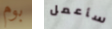
بوم سأعمل